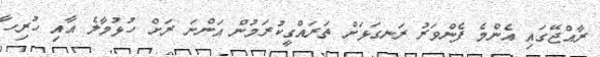
ރާއްޖޭގައި އެންމެ ފެންވަރު ރަނގަޅަށް ތަރައްގީކުރަމުން އަންނަ ރަށް ހުޅުމާލެ އާއި ހުރިހާ